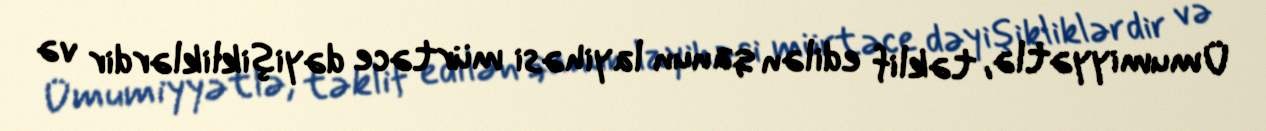
Ümumiyyətlə, təklif edilən qanun layihəsi mürtəce dəyişikliklərdir və